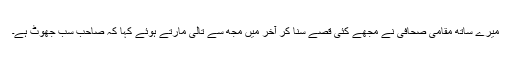
میرے ساتھ مقامی صحافی نے مجھے کئی قصے سنا کر آخر میں مجھ سے تالی مارتے ہوئے کہا کہ صاحب سب جھوٹ ہے۔